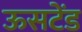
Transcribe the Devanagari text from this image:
ऊसटेंड